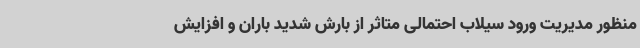
منظور مدیریت ورود سیلاب احتمالی متاثر از بارش شدید باران و افزایش